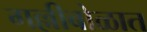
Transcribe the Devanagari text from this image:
गल्लीबोळात